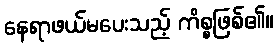
နေရာဖယ်မပေးသည့် ကိစ္စဖြစ်၏။